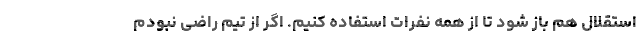
استقلال هم باز شود تا از همه نفرات استفاده کنیم. اگر از تیم راضی نبودم